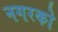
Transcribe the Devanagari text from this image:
नगरको